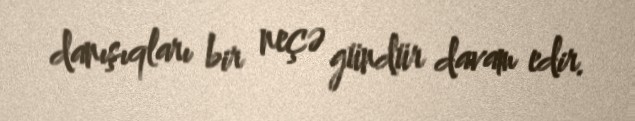
danışıqları bir neçə gündür davam edir.